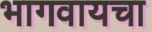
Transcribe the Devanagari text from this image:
भागवायचा